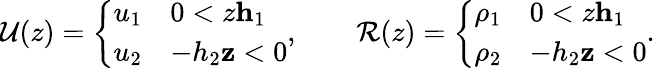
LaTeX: \begin{array}{r}{\mathcal{U}(z)=\left\{ \begin{array}{ll}{u_{1}}&{0<z\le h_{1}}\\ {u_{2}}&{-h_{2}\le z<0}\end{array}\right.,\qquad\mathcal{R}(z)=\left\{ \begin{array}{ll}{\rho_{1}}&{0<z\le h_{1}}\\ {\rho_{2}}&{-h_{2}\le z<0}\end{array}\right..}\end{array}